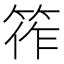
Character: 筰